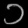
Digit: ၁